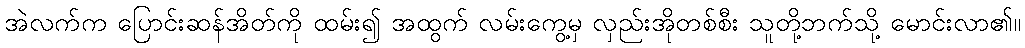
အဲလက်က ပြောင်းဆန်အိတ်ကို ထမ်း၍ အထွက် လမ်းကွေ့မှ လှည်းအိုတစ်စီး သူတို့ဘက်သို့ မောင်းလာ၏။